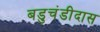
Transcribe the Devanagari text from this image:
बडुचंडीदास